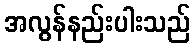
အလွန်နည်းပါးသည်